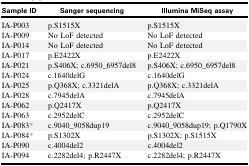
<table><thead><tr><td><b>Sample ID</b></td><td><b>Sanger sequencing</b></td><td><b>Illumina MiSeq assay</b></td></tr></thead><tbody><tr><td>IA-P003</td><td>p.S1515X</td><td>p.S1515X</td></tr><tr><td>IA-P009</td><td>No LoF detected</td><td>No LoF detected</td></tr><tr><td>IA-P014</td><td>No LoF detected</td><td>No LoF detected</td></tr><tr><td>IA-P017</td><td>p.E2422X</td><td>p.E2422X</td></tr><tr><td>IA-P021</td><td>p.S406X; c.6950_6957del8</td><td>p.S406X; c.6950_6957del8</td></tr><tr><td>IA-P024</td><td>c.1640delG</td><td>c.1640delG</td></tr><tr><td>IA-P025</td><td>p.Q368X; c.3321delA</td><td>p.Q368X; c.3321delA</td></tr><tr><td>IA-P028</td><td>c.7945delA</td><td>c.7945delA</td></tr><tr><td>IA-P062</td><td>p.Q2417X</td><td>p.Q2417X</td></tr><tr><td>IA-P063</td><td>c.2952delC</td><td>c.2952delC</td></tr><tr><td>IA-P083∗</td><td>c.9040_9058dup19</td><td>c.9040_9058dup19; p.Q1790X</td></tr><tr><td>IA-P084∗</td><td>p.S1302X</td><td>p.S1302X; p.S1515X</td></tr><tr><td>IA-P090</td><td>c.4004del2</td><td>c.4004del2</td></tr><tr><td>IA-P094</td><td>c.2282del4; p.R2447X</td><td>c.2282del4; p.R2447X</td></tr></tbody></table>